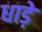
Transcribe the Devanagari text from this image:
धाड़े